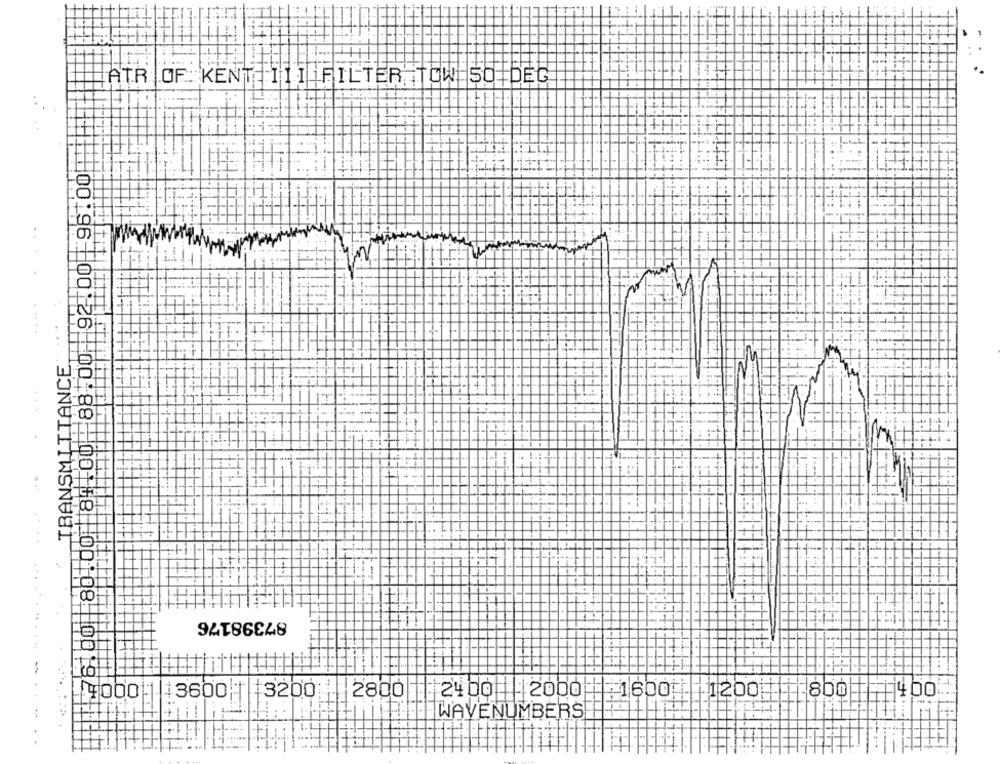
ATR OF KENT 1111FILTER TOW 50 DEG
e
:11:44
.....
TRANSMITTANCE,
...
17
17
00
#
87398176
00:96 00 26 00 88 -00 8- 00108 -0019
9000 3600 | 3200 2800
1 2400 | | | 2000
1600 | | 1200
.800
+1400
WAVE NUMBERS